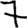
Digit: 7